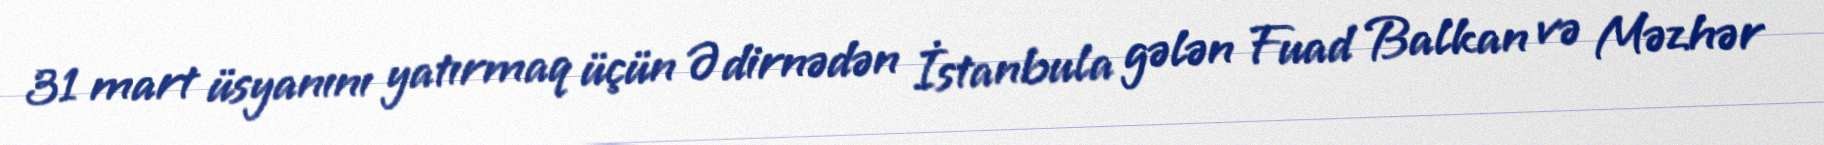
31 mart üsyanını yatırmaq üçün Ədirnədən İstanbula gələn Fuad Balkan və Məzhər